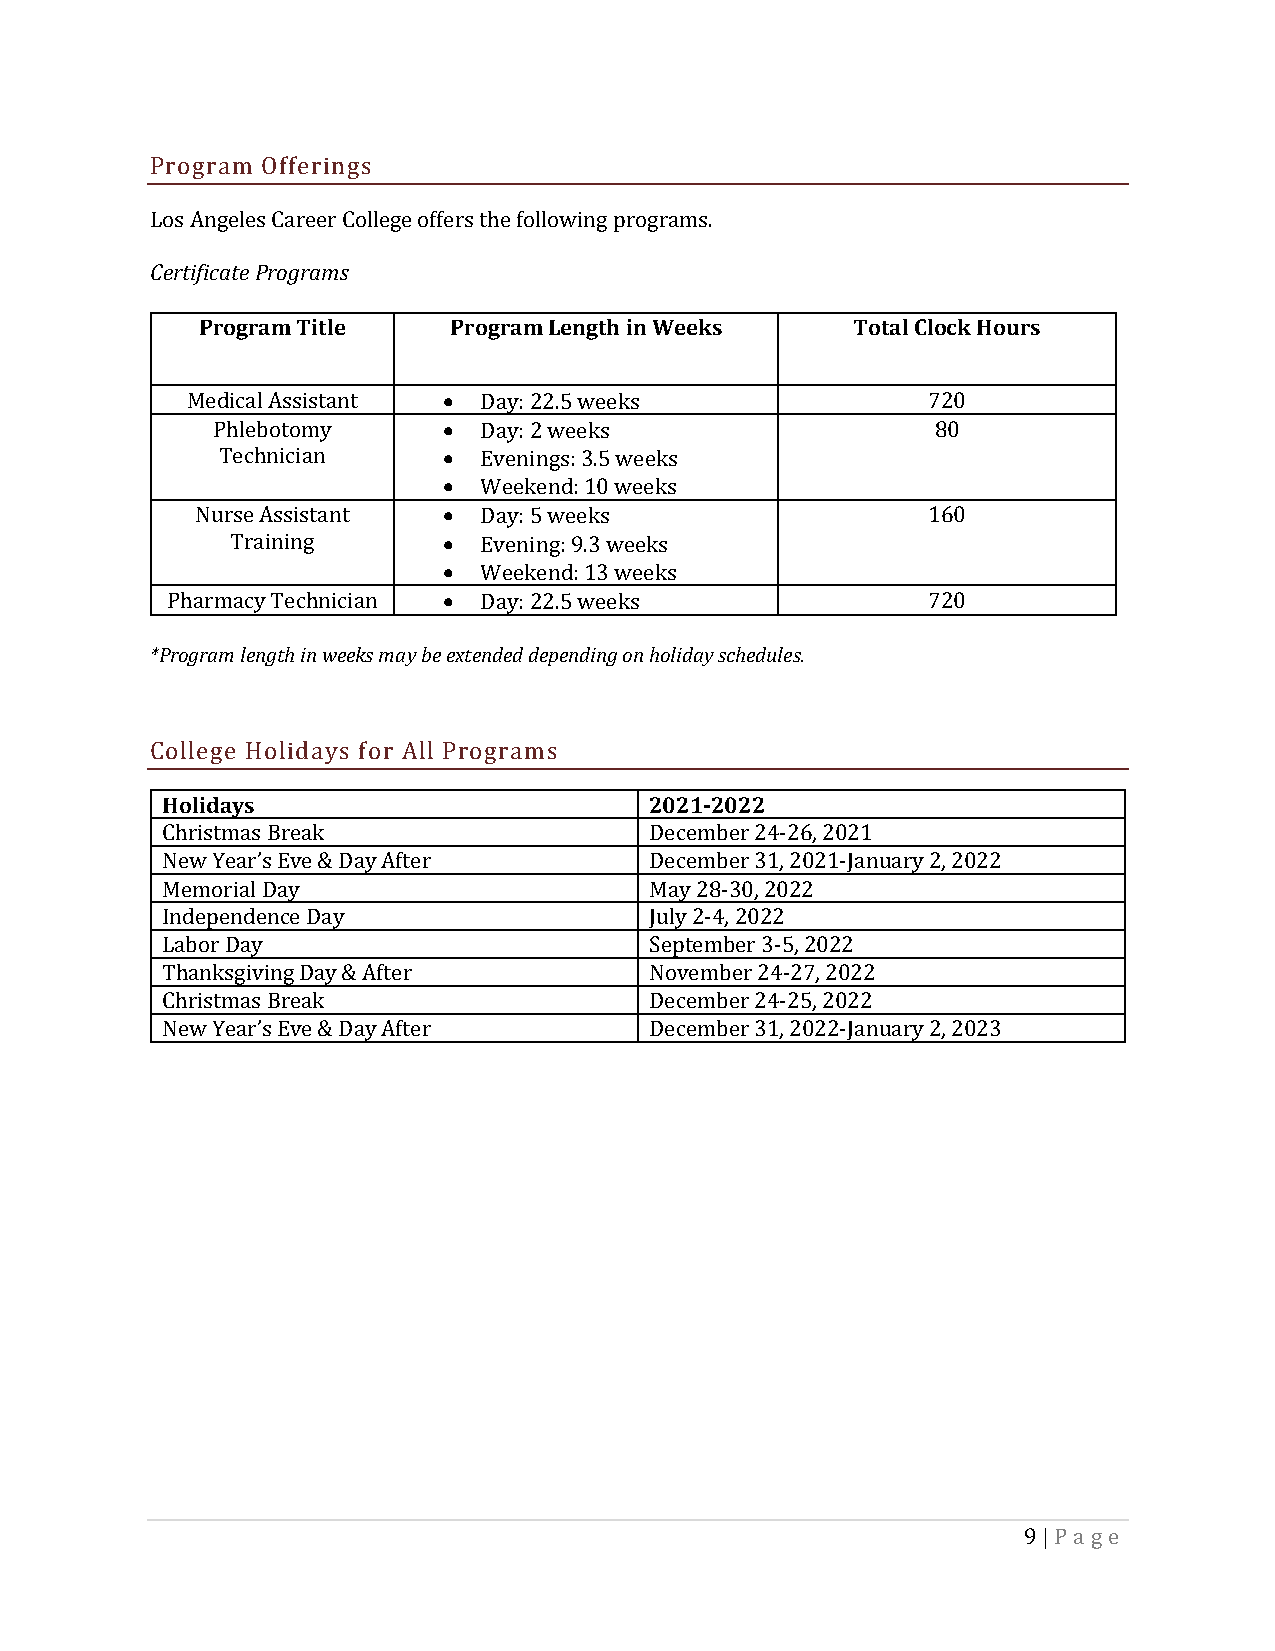
Program Offerings
 Los Angeles Career College offers the following programs.
 Certificate Programs
 Program Title    Program Length in Weeks    Total Clock Hours
 Medical Assistant • Day: 22.5 weeks              720
 Phlebotomy     •  Day: 2 weeks                  80
 Technician     •  Evenings: 3.5 weeks
 •  Weekend: 10 weeks
 Nurse Assistant •  Day: 5 weeks                 160
 Training      •  Evening: 9.3 weeks
 •  Weekend: 13 weeks
 Pharmacy Technician • Day: 22.5 weeks             720
 *Program length in weeks may be extended depending on holiday schedules.
 College Holidays for All Programs
 Holidays                        2021-2022
 Christmas Break                 December 24-26, 2021
 New Year’s Eve & Day After      December 31, 2021-January 2, 2022
 Memorial Day                    May 28-30, 2022
 Independence Day                July 2-4, 2022
 Labor Day                       September 3-5, 2022
 Thanksgiving Day & After        November 24-27, 2022
 Christmas Break                 December 24-25, 2022
 New Year’s Eve & Day After      December 31, 2022-January 2, 2023
 9 | Pa ge